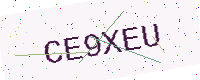
Text: CE9XEU